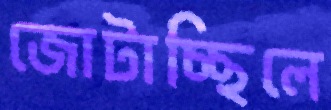
জোটাচ্ছিলে